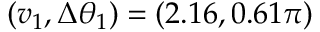
( v _ { 1 } , \Delta \theta _ { 1 } ) = ( 2 . 1 6 , 0 . 6 1 \pi )